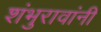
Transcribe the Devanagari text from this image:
शंभुरावांनी